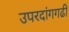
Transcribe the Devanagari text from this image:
उपरदांगगढी